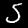
Label: 5